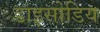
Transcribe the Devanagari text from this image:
डाइसोडिय